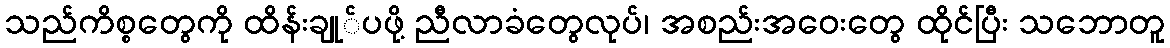
သည်ကိစ္စတွေကို ထိန်းချု်ပဖို့ ညီလာခံတွေလုပ်၊ အစည်းအဝေးတွေ ထိုင်ပြီး သဘောတူ